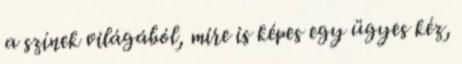
a színek világából, mire is képes egy ügyes kéz,